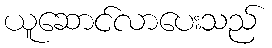
ယူဆောင်လာပေးသည်